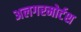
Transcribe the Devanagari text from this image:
अलगरमोर्टश